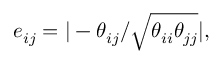
e _ { i j } = | - \theta _ { i j } / \sqrt { \theta _ { i i } \theta _ { j j } } | ,